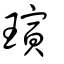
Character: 璌